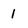
Character: 1